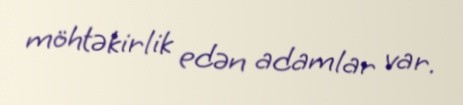
möhtəkirlik edən adamlar var.